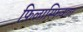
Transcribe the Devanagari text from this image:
फिलास्फिकल